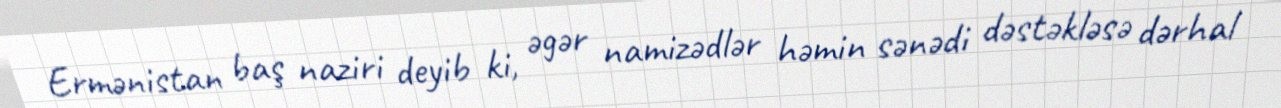
Ermənistan baş naziri deyib ki, əgər namizədlər həmin sənədi dəstəkləsə dərhal